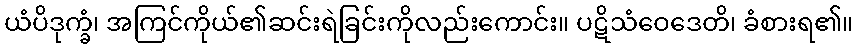
ယံပိဒုက္ခံ၊ အကြင်ကိုယ်၏ဆင်းရဲခြင်းကိုလည်းကောင်း။ ပဋိသံဝေဒေတိ၊ ခံစားရ၏။